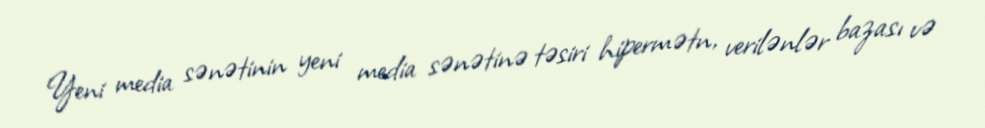
Yeni media sənətinin yeni media sənətinə təsiri hipermətn, verilənlər bazası və